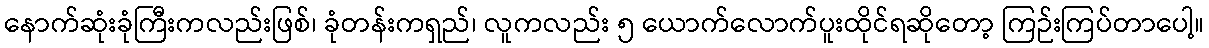
နောက်ဆုံးခုံကြီးကလည်းဖြစ်၊ ခုံတန်းကရှည်၊ လူကလည်း ၅ ယောက်လောက်ပူးထိုင်ရဆိုတော့ ကြဉ်းကြပ်တာပေါ့။